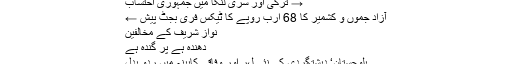
→ ترکی اور سری لنکا میں جمہوری احتساب
آزاد جموں و کشمیر کا 68 ارب روپے کا ٹیکس فری بجٹ پیش ←
نواز شریف کے مخالفین
دھندہ ہے پر گندہ ہے
بلوچستان‘ دہشتگردی کی نئی لہر اور وفاقی کابینہ میں ردو بدل